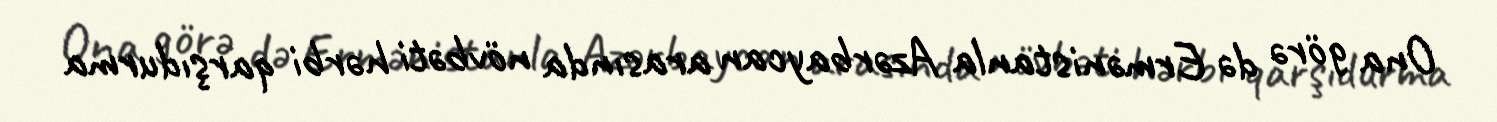
Ona görə də Ermənistanla Azərbaycan arasında növbəti hərbi qarşıdurma